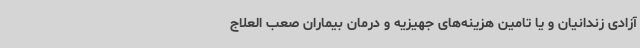
آزادی زندانیان و یا تامین هزینه‌های جهیزیه و درمان بیماران صعب العلاج